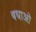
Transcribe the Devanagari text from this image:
बधाओ